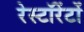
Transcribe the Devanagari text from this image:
रेस्टॉरेंटों